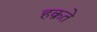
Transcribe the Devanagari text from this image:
हक्रते